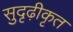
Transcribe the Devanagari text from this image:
सुदृढ़ीकृत